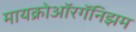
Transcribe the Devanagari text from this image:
मायक्रोऑरगॅनिझम